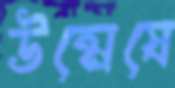
উন্মেষে